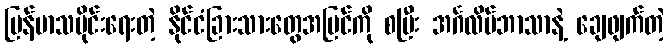
မြန်မာသမိုင်းရေးတဲ့ နိုင်ငံခြားသားတွေအမြင်ကို စပြီး အင်္ဂလိပ်ဘာသာနဲ့ ချေဖျက်တဲ့